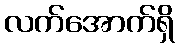
လက်အောက်ရှိ